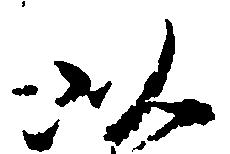
以